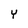
Character: Y